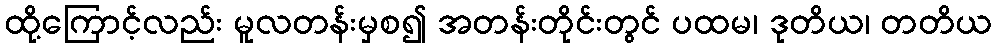
ထို့ကြောင့်လည်း မူလတန်းမှစ၍ အတန်းတိုင်းတွင် ပထမ၊ ဒုတိယ၊ တတိယ